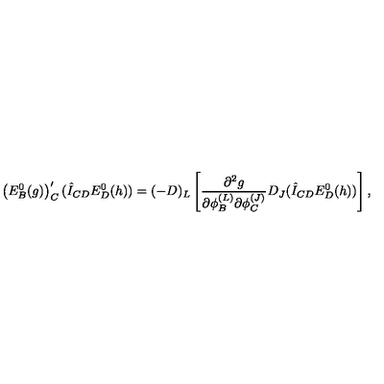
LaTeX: \left( E _ { B } ^ { 0 } ( g ) \right) _ { C } ^ { \prime } ( \hat { I } _ { C D } E _ { D } ^ { 0 } ( h ) ) = ( - D ) _ { L } \left[ \frac { \partial ^ { 2 } g } { \partial \phi _ { B } ^ { ( L ) } \partial \phi _ { C } ^ { ( J ) } } D _ { J } ( \hat { I } _ { C D } E _ { D } ^ { 0 } ( h ) ) \right] ,